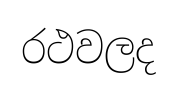
රථවලද